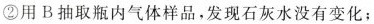
②用B抽取瓶内气体样品，发现石灰水没有变化；